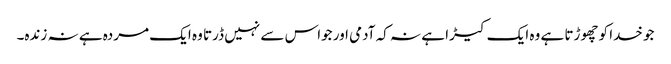
جو خدا کو چھوڑتا ہے وہ ایک کیڑا ہے نہ کہ آدمی اور جواس سے نہیں ڈرتا وہ ایک مردہ ہے نہ زندہ۔